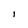
Character: 1